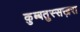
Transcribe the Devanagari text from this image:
कुब्बतुस्सख़रा